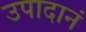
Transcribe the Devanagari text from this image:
उपादानं